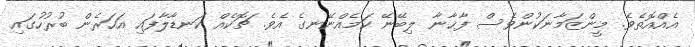
އެއްއޮތެވެ. މީންޒަމާނަކުންވެސް ފާޚާނާ ލިބޭނޭ ކަމެއްނޭނގެ އެވެ. ޗޮކެއް ކަނޑާލާފައި އަހަރެން ބުރުހުގައި